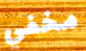
مخفي